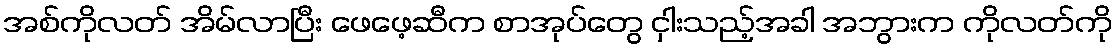
အစ်ကိုလတ် အိမ်လာပြီး ဖေဖေ့ဆီက စာအုပ်တွေ ငှါးသည့်အခါ အဘွားက ကိုလတ်ကို